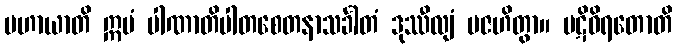
ပဟာယာတိ ဣမံ ပါဏာတိပါတစေတနာသင်္ခါတံ ဒုဿီလျံ ပဇဟိတွာ။ ပဋိဝိရတောတိ